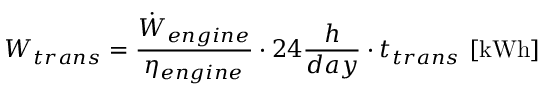
W _ { t r a n s } = \frac { \dot { W } _ { e n g i n e } } { \eta _ { e n g i n e } } \cdot 2 4 \frac { { h } } { { d a y } } \cdot { t } _ { t r a n s } \ [ \mathrm { k W h } ]